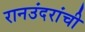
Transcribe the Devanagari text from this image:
रानउंदरांची